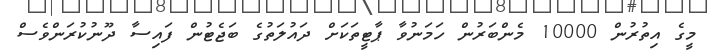
މީގެ އިތުރުން 10000 މެންބަރުން ހަމަނުވާ ޕާޓީތަކަށް ދައުލަތުގެ ބަޖެޓުން ފައިސާ ދޫނުކުރަންވެސް